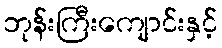
ဘုန်းကြီးကျောင်းနှင့်